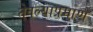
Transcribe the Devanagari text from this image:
तेवल्याप्रमाणे